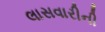
લાસવારીની